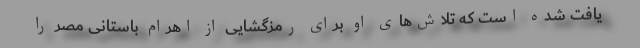
یافت شده است که تلاش‌های او برای رمزگشایی از اهرام باستانی مصر را